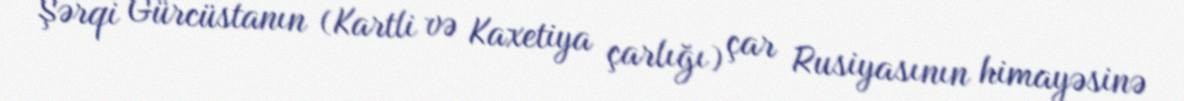
Şərqi Gürcüstanın (Kartli və Kaxetiya çarlığı) çar Rusiyasının himayəsinə